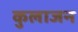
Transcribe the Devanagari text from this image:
कुलाजन